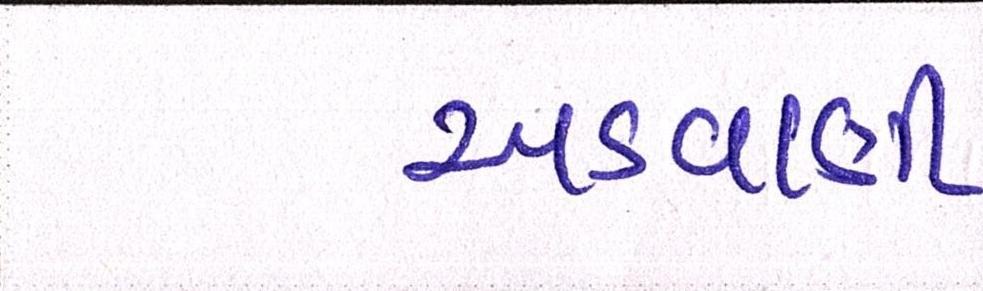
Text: અડવાણી